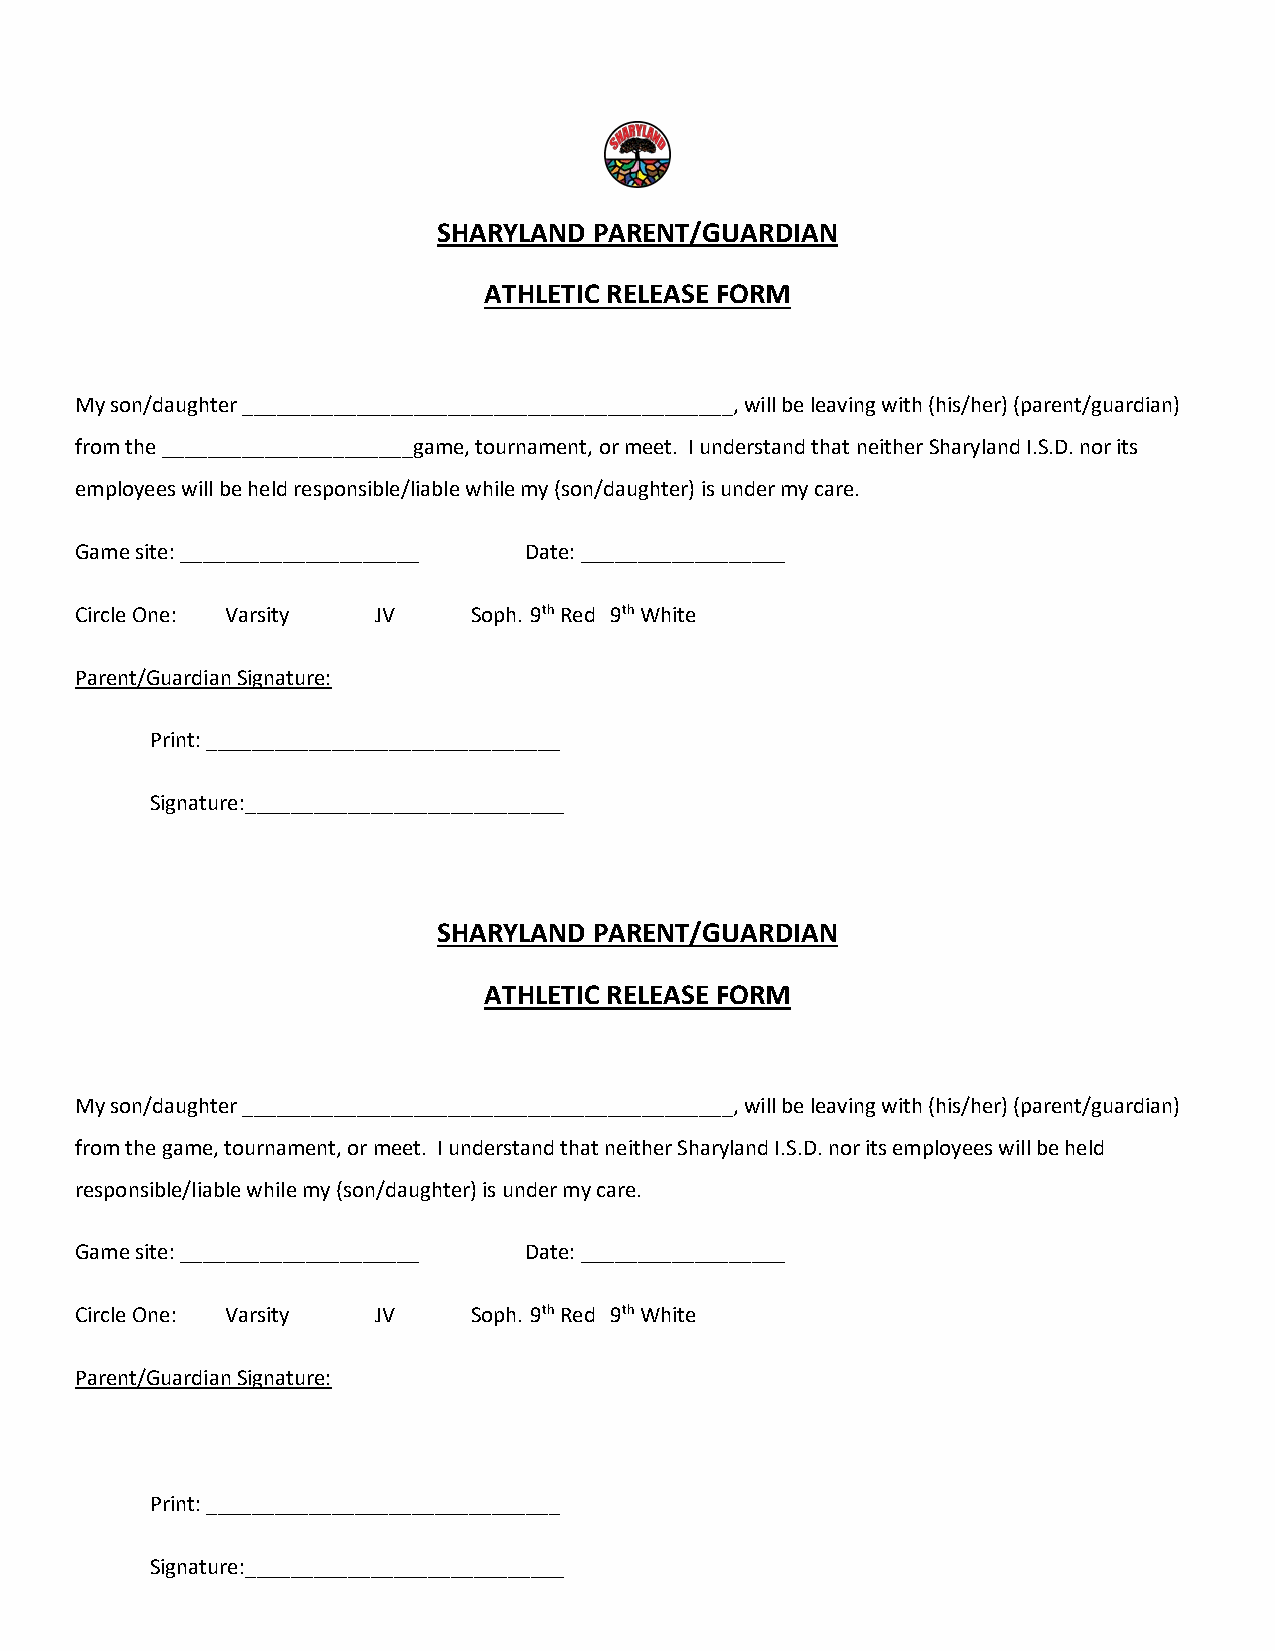
SHARYLAND PARENT/GUARDIAN
 ATHLETIC RELEASE FORM
 My son/daughter ___________________________________________, will be leaving with (his/her) (parent/guardian)
 from the ______________________game, tournament, or meet. I understand that neither Sharyland I.S.D. nor its
 employees will be held responsible/liable while my (son/daughter) is under my care.
 Game site: _____________________ Date: __________________
 Circle One: Varsity JV    Soph. 9th Red 9th White
 Parent/Guardian Signature:
 Print: _______________________________
 Signature:____________________________
 SHARYLAND PARENT/GUARDIAN
 ATHLETIC RELEASE FORM
 My son/daughter ___________________________________________, will be leaving with (his/her) (parent/guardian)
 from the game, tournament, or meet. I understand that neither Sharyland I.S.D. nor its employees will be held
 responsible/liable while my (son/daughter) is under my care.
 Game site: _____________________ Date: __________________
 Circle One: Varsity JV    Soph. 9th Red 9th White
 Parent/Guardian Signature:
 Print: _______________________________
 Signature:____________________________